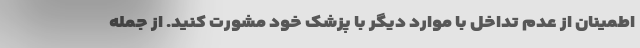
اطمینان از عدم تداخل با موارد دیگر با پزشک خود مشورت کنید. از جمله